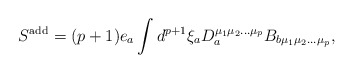
\begin{align*}S^{\rm add}=(p+1)e_{a}\int d^{p+1}\xi_{a}D_{a}^{\mu_{1}\mu_{2}\ldots\mu_{p}}B_{b\mu_{1}\mu_{2}\ldots\mu_{p}}, \end{align*}